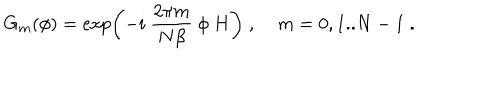
G _ { m } ( \phi ) = \exp \left( - i ~ \frac { 2 \pi m } { N \beta } ~ \phi ~ H \right) \; , \; m = 0 , 1 . . N - 1 \; .